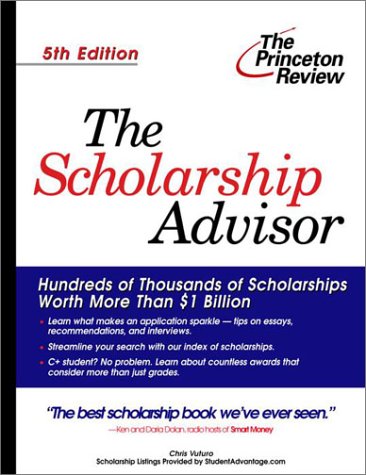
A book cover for The Scholarship Advisor, Fifth Edition (College Admissions Guides); Chris Vuturo; Business & Money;